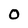
Character: O